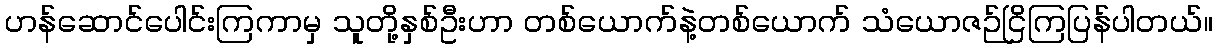
ဟန်ဆောင်ပေါင်းကြကာမှ သူတို့နှစ်ဦးဟာ တစ်ယောက်နဲ့တစ်ယောက် သံယောဇဉ်ငြိကြပြန်ပါတယ်။